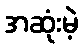
အဆုံးမဲ့